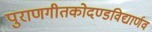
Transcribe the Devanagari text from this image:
पुराणगीतकोदण्डविद्यार्णव